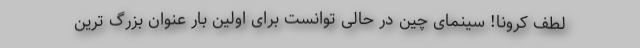
لطف کرونا! سینمای چین در حالی توانست برای اولین بار عنوان بزرگ ترین